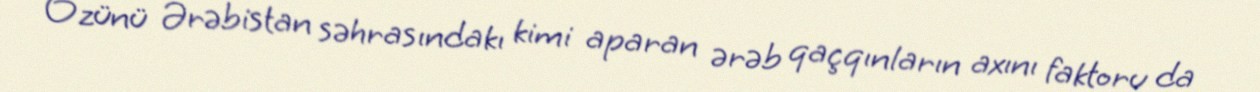
Özünü Ərəbistan səhrasındakı kimi aparan ərəb qaçqınların axını faktoru da